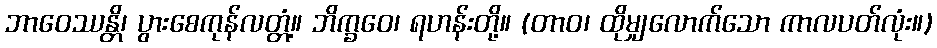
ဘာဝေဿန္တိ၊ ပွားစေကုန်လတ္တံ့။ ဘိက္ခဝေ၊ ရဟန်းတို့။ (တာဝ၊ ထိုမျှလောက်သော ကာလပတ်လုံး။)